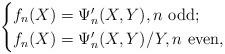
LaTeX: \begin{align*}\begin{cases}f_{n}(X) = \Psi^\prime_n(X,Y), n \textrm { odd};\\f_{n}(X) = \Psi^\prime_n(X,Y)/Y, n \textrm { even}, \end{cases}\end{align*}